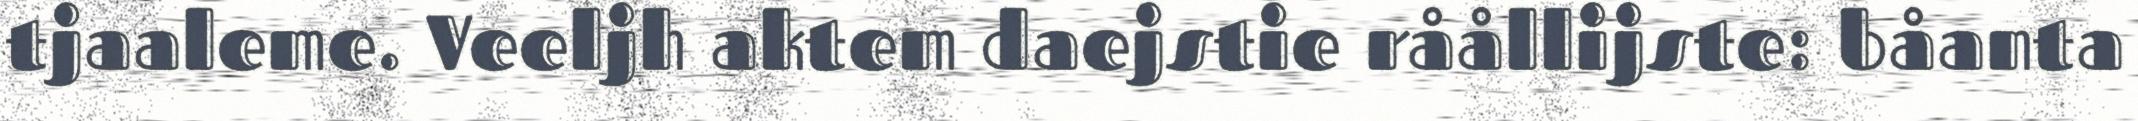
tjaaleme. Veeljh aktem daejstie råållijste: båanta